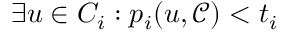
\exists u \in C _ { i } : p _ { i } ( u , \mathcal { C } ) < t _ { i }